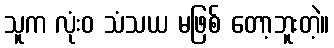
သူက လုံးဝ သံသယ မဖြစ် တော့ဘူးတဲ့။